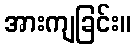
အားကျခြင်း။